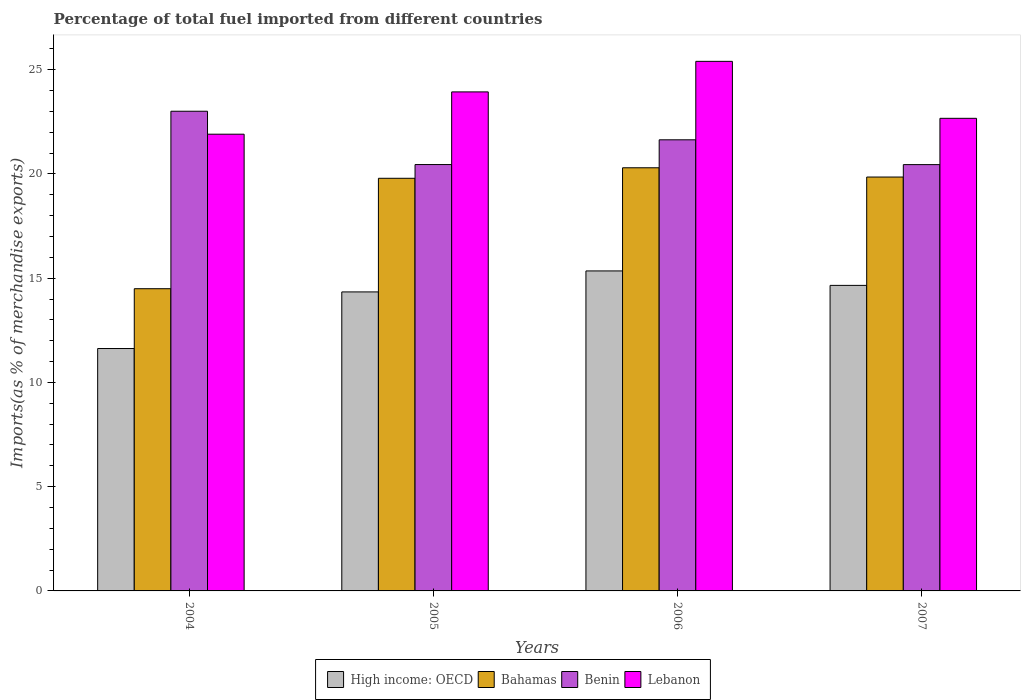
| Years | High income: OECD | Bahamas | Benin | Lebanon |
 | --- | --- | --- | --- | --- |
 | 2004 | 11.6 | 14.5 | 23 | 21.9 |
 | 2005 | 14.3 | 19.8 | 20.4 | 23.9 |
 | 2006 | 15.3 | 20.3 | 21.6 | 25.4 |
 | 2007 | 14.7 | 19.9 | 20.4 | 22.7 |